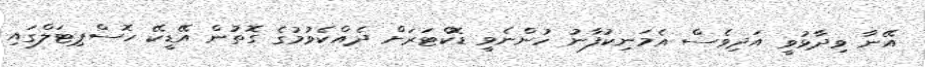
އޭނާ ވިދާޅުވީ އަދިވެސް އެމަނިކުފާނު ހުންނެވީ ޑޮކްޓަރަށް ދެއްކެވުމުގެ ގޮތުން އޭޑީކޭ ހޮސްޕިޓަލްގައި